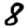
Digit: 8